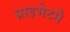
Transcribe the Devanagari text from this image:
प्राइभेटमे